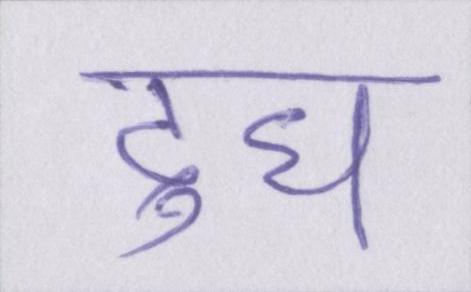
दुध